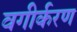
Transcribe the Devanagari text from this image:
वगीर्करण